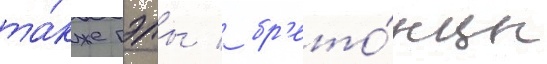
та́кже гэлы / бр'ето́нцы